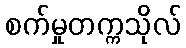
စက်မှုတက္ကသိုလ်